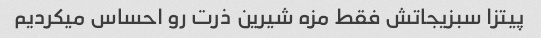
پیتزا سبزیجاتش فقط مزه شیرین ذرت رو احساس میکردیم